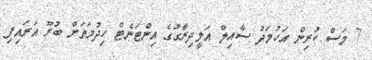
7 މަސް ކުރިން އަހުމަދު ސާއިލް އަލީދިރާގުގެ އިންޓަނެޓް ހިދުމަތަށް ބުރޫ އަރައިފި